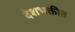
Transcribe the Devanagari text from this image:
देशभक्तीत